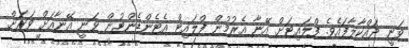
ވަނީ ދައްކާލާފައެވެ. ފްލައިޓަށް އޭނާ އެރުމުން ފްލައިޓް އެޓެންޑެންޓުން ވަނީ އޭނާއަށް ވަރަށް